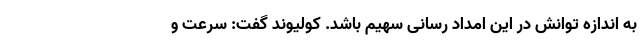
به اندازه توانش در این امداد رسانی سهیم باشد. کولیوند گفت: سرعت و